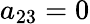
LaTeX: a_{23}=0